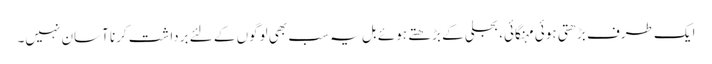
ایک طرف بڑھتی ہوئی مہنگائی، بجلی کے بڑھتے ہوئے بل یہ سب بھی لوگوں کے لئے برداشت کرنا آسان نہیں۔